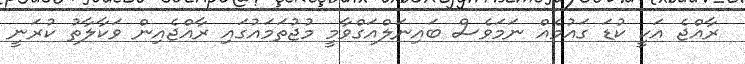
ރާއްޖެ އަކީ ކުޑަ ގައުމެއް ނަމަވެސް ބައިނަލްއަގްވާމީ މުޖުތަމައުގައި ރާއްޖެއިން ވަކާލާތު ކުރަނީ